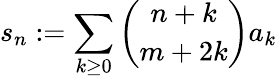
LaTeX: s_{n}:=\sum_{k\geq 0}{\binom{n+k}{m+2k}}a_{k}